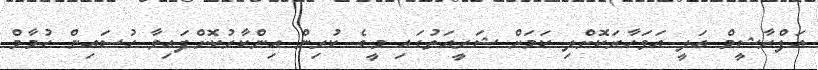
އަފްރާޝީމް އަލީ އަވަހާރަކޮށްލި ކަމަށް ޝަރީއަތުގައި މީގެ ކުރިން އިންކާރުކޮށްފައިވާ ހުސައިން ހުމާމް